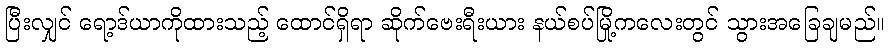
ပြီးလျှင် ရော့ဒ်ယာကိုထားသည့် ထောင်ရှိရာ ဆိုက်ဗေးရီးယား နယ်စပ်မြို့ကလေးတွင် သွားအခြေချမည်။